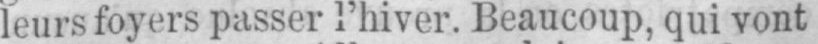
leurs foyers passer l’hiver. Beaucoup, qui vont